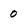
Character: 0